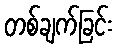
တစ်ချက်ခြင်း